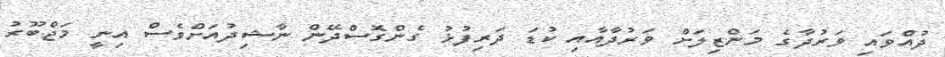
ދުއްވައި ވަރުދާގެ މަންޒިލަށް ވަރުދާއާއި ކުޑަ ދަރިފުޅު ގެންގޮސްދޭން ނާޝިދުއަށްވެސް އިނީ މަޖްބޫރު